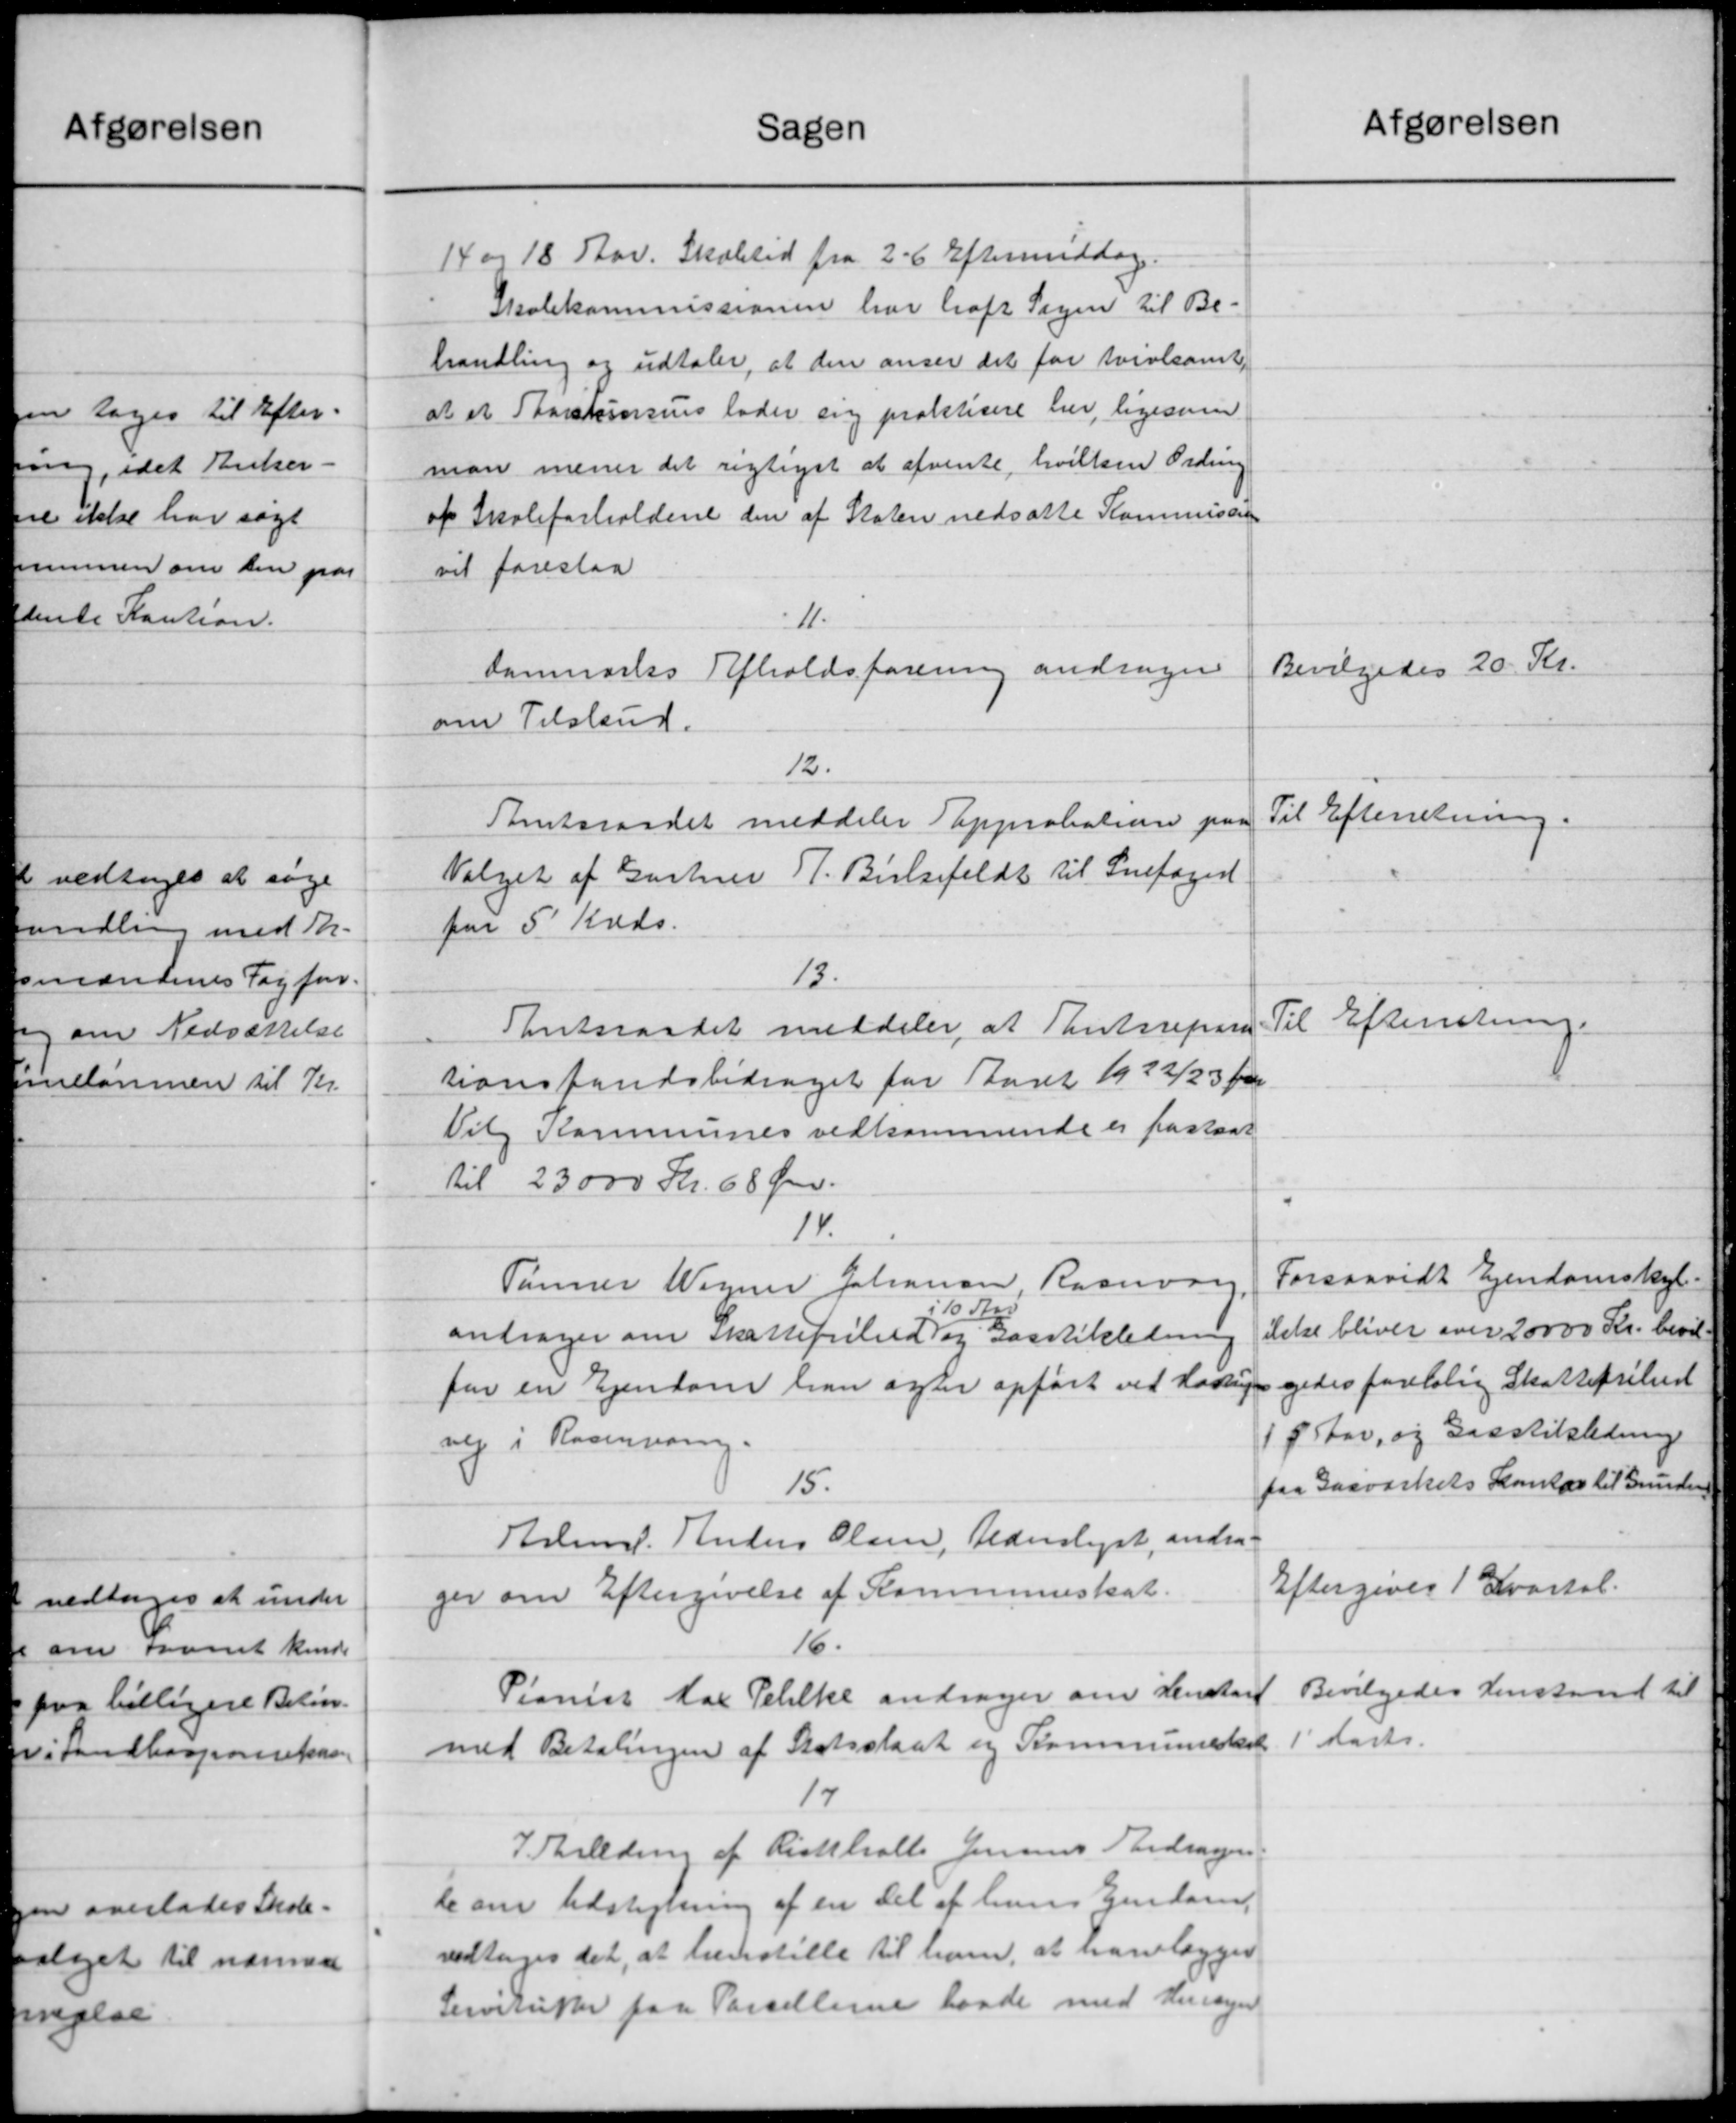
Transskription:
Sagen
14 og 18 Aar. Skoletid fra 2-6 Eftermiddag.
Skolekommissionen har haft Sagen til Be-
handling og udtaler, at den anser det for tvivlsomt,
at et Skorstensens lader sig praktisere her, ligesom
man mener det rigtiget at afvente, hvilken Ordine
af Skoleforholdene den af Staten nedsatte Kommissionen
vil foreslaa
11.
Danmarks Afholdsforening andrager
om Tilskud.
12.
Amtsraadet meddeler approbationer pa
Valget af Gartner P. Birksefeldt til Snefoged
paa 5 Kreds.
13.
Amtsraadet meddeler, at Amtsrepar
tionsfondsbidraget for Aaret 1922/23 fra
Vil Kommunes vedkommende er fastsat
til 23000 Kr. 68 Øre.
14.
Tømrer Vegner Johansen Rasmusen
60 K
andrager om Skattefrihed og Gastikledning
for en Ejendom han agter opført ved Hattig
vej i Ravenning.
15.
Helms. Anders Olsen, Alderslyst, andrag
ger om Eftergivelse af Kommuneskat.
16.
Pianist Har Petilke andrager om Henstan
med Betalingen af Statsskaat og Kommuneskat
17
I Thilding af Ristholle Jensens Bidragen
le om Udstykning af en Del af hans Ejendom.
vedtoges det, at henstille til ham, at nanlægges
Generefter paa Parcellerne havde med Hensyn